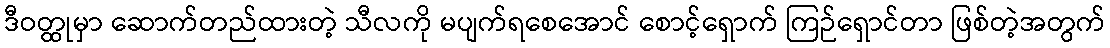
ဒီဝတ္ထုမှာ ဆောက်တည်ထားတဲ့ သီလကို မပျက်ရစေအောင် စောင့်ရှောက် ကြဉ်ရှောင်တာ ဖြစ်တဲ့အတွက်